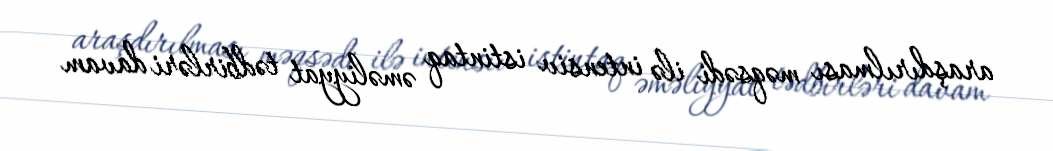
araşdırılması məqsədi ilə intensiv istintaq əməliyyat tədbirləri davam